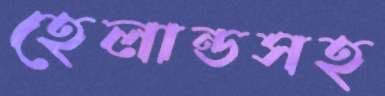
হেলান্ডসহ